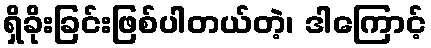
ရှိခိုးခြင်းဖြစ်ပါတယ်တဲ့၊ ဒါကြောင့်